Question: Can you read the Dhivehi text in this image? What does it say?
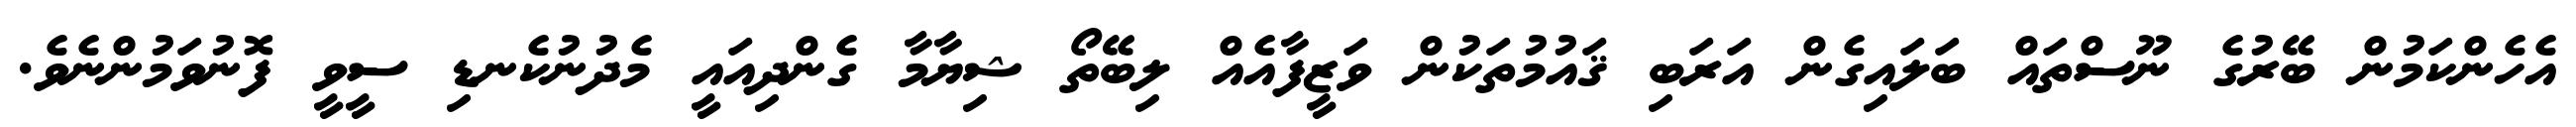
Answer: އެހެންކަމުން ބޭރުގެ ނޫސްތައް ބަލައިގެން އަރަބި ޤައުމުތަކުން ވަޒީފާއެއް ލިބޭތޯ ޝިޔާމާ ގެންދިއައީ މެދުނުކެނޑި ސީވީ ފޮނުވަމުންނެވެ.